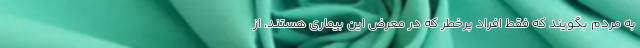
به مردم بگویند که فقط افراد پرخطر که در معرض این بیماری هستند، از